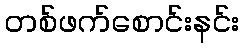
တစ်ဖက်စောင်းနင်း